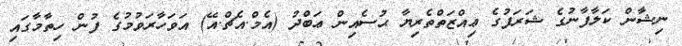
ނިޝާން ކަލާފާނުގެ ޝަރަފުގެ ޢިއްޒަތްތެރިޔާ ޙުސެއިން ޢަބްދު (އެމް.އެޗް.އޭ) އަވަހާރަވުމުގެ ފުން ހިތާމާގައި